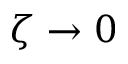
\zeta \to 0